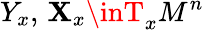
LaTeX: Y_{x},\, \mathbf{X}_{x}\inT_{x}M^{n}